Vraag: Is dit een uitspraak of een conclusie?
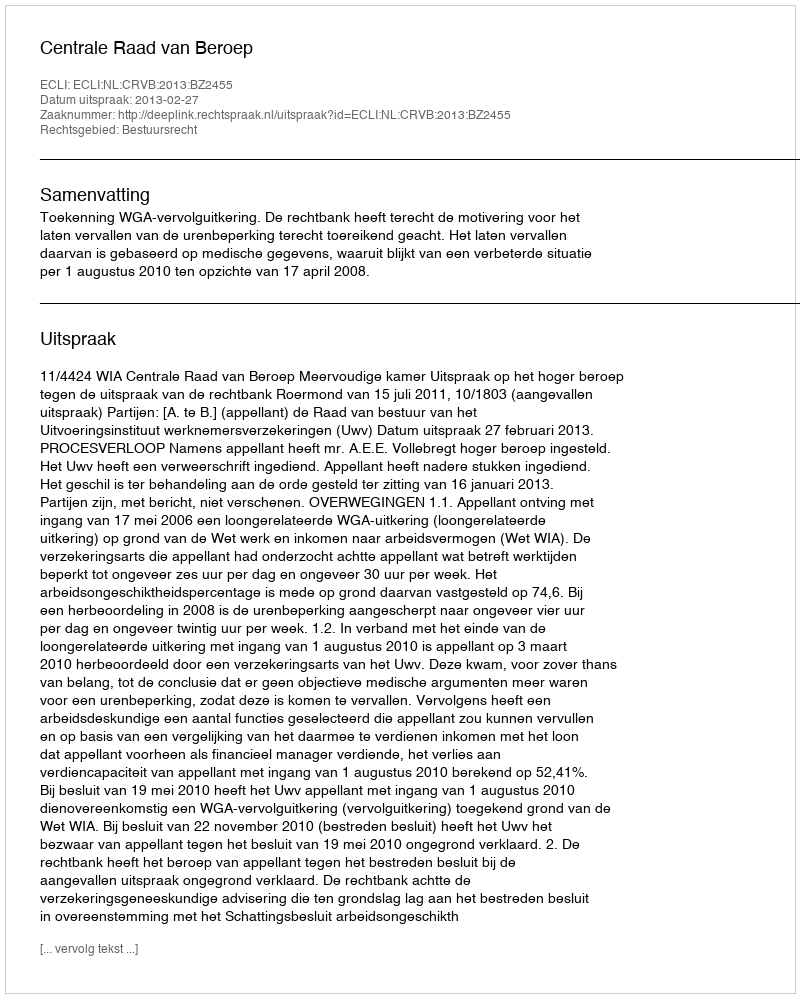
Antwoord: Uitspraak